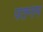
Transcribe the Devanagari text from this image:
पतनम